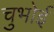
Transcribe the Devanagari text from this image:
चुभोई